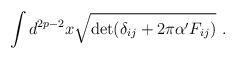
LaTeX: \begin{align*}\int d^{2p-2}x\sqrt{\det (\delta_{ij}+2\pi\alpha' F_{ij})} \ .\end{align*}